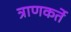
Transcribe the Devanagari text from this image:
त्राणकर्ते